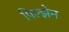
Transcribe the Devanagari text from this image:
पिल्झेन